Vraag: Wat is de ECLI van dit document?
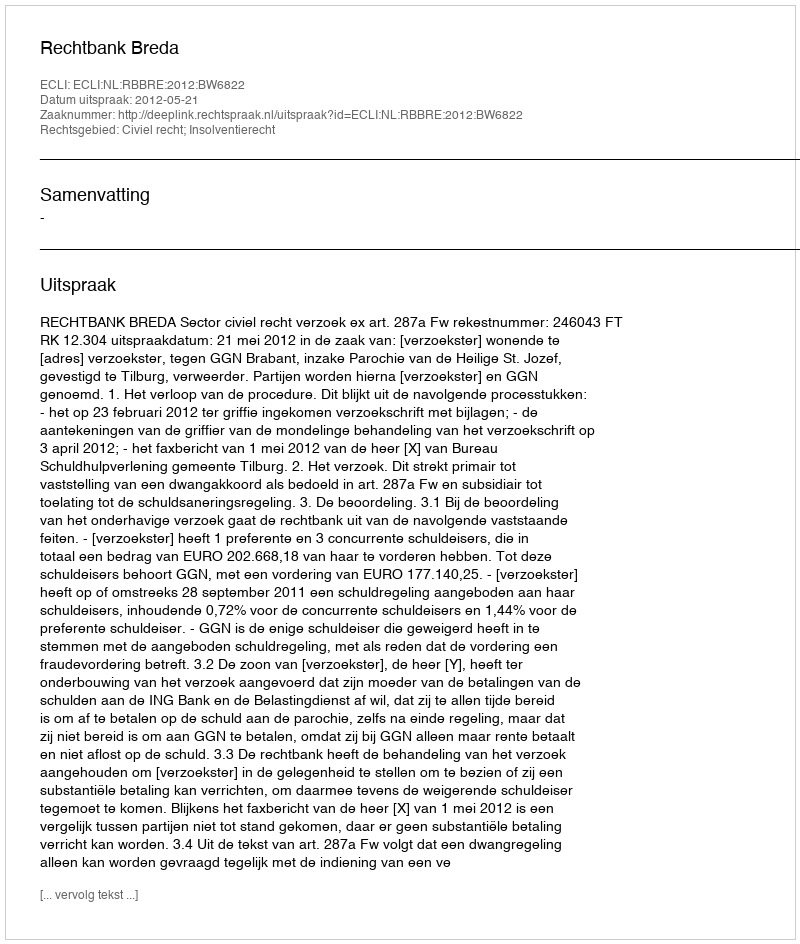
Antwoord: ECLI:NL:RBBRE:2012:BW6822